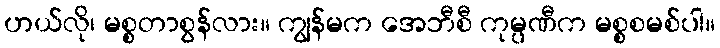
ဟယ်လို၊ မစ္စတာစွန်လား။ ကျွန်မက အေဘီစီ ကုမ္ပဏီက မစ္စစမစ်ပါ။